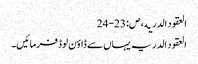
العقود الدریه ، ص:23-24
العقود الدریہ یہاں سے ڈاؤن لوڈ فرمائیں۔